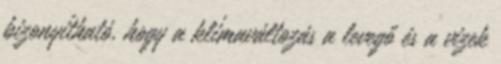
bizonyítható, hogy a klímaváltozás a levegő és a vizek